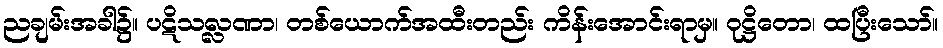
ညချမ်းအခါ၌။ ပဋိသလ္လဏာ၊ တစ်ယောက်အထီးတည်း ကိန်းအောင်းရာမှ။ ဝုဋ္ဌိတော၊ ထပြီးသော်။